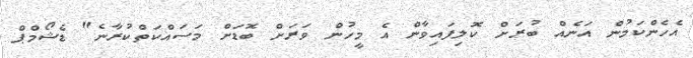
އެހެންކަމުން އަނެއް ބުރަށް ކޮލިފައިވާން އެ މީހުން ވަރަށް ބޮޑަށް މަސައްކަތްކުރާނެ" ޑެޝޯމްޕް